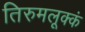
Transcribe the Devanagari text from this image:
तिरुमलूक्कं